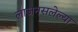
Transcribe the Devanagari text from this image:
लाजनसलेल्या